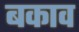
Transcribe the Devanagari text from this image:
बकाव